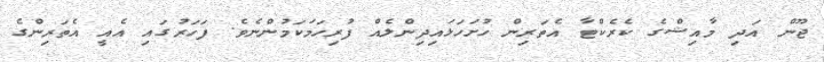
ޖޫން އަދި މާއިޝްގެ ކެރެކްޓާ އެތަރިން ހުށަހަޅައިދިންލެއް ފުރިހަމަކަމުންނެވެ. ފަހަރުގައި އެއީ އެތަރިންގެ